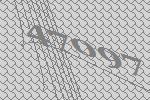
47097